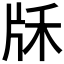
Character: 𤖱